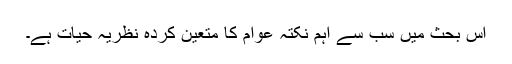
اس بحث میں سب سے اہم نکتہ عوام کا متعیّن کردہ نظریہ حیات ہے۔